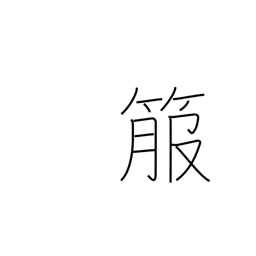
Meaning: quiver